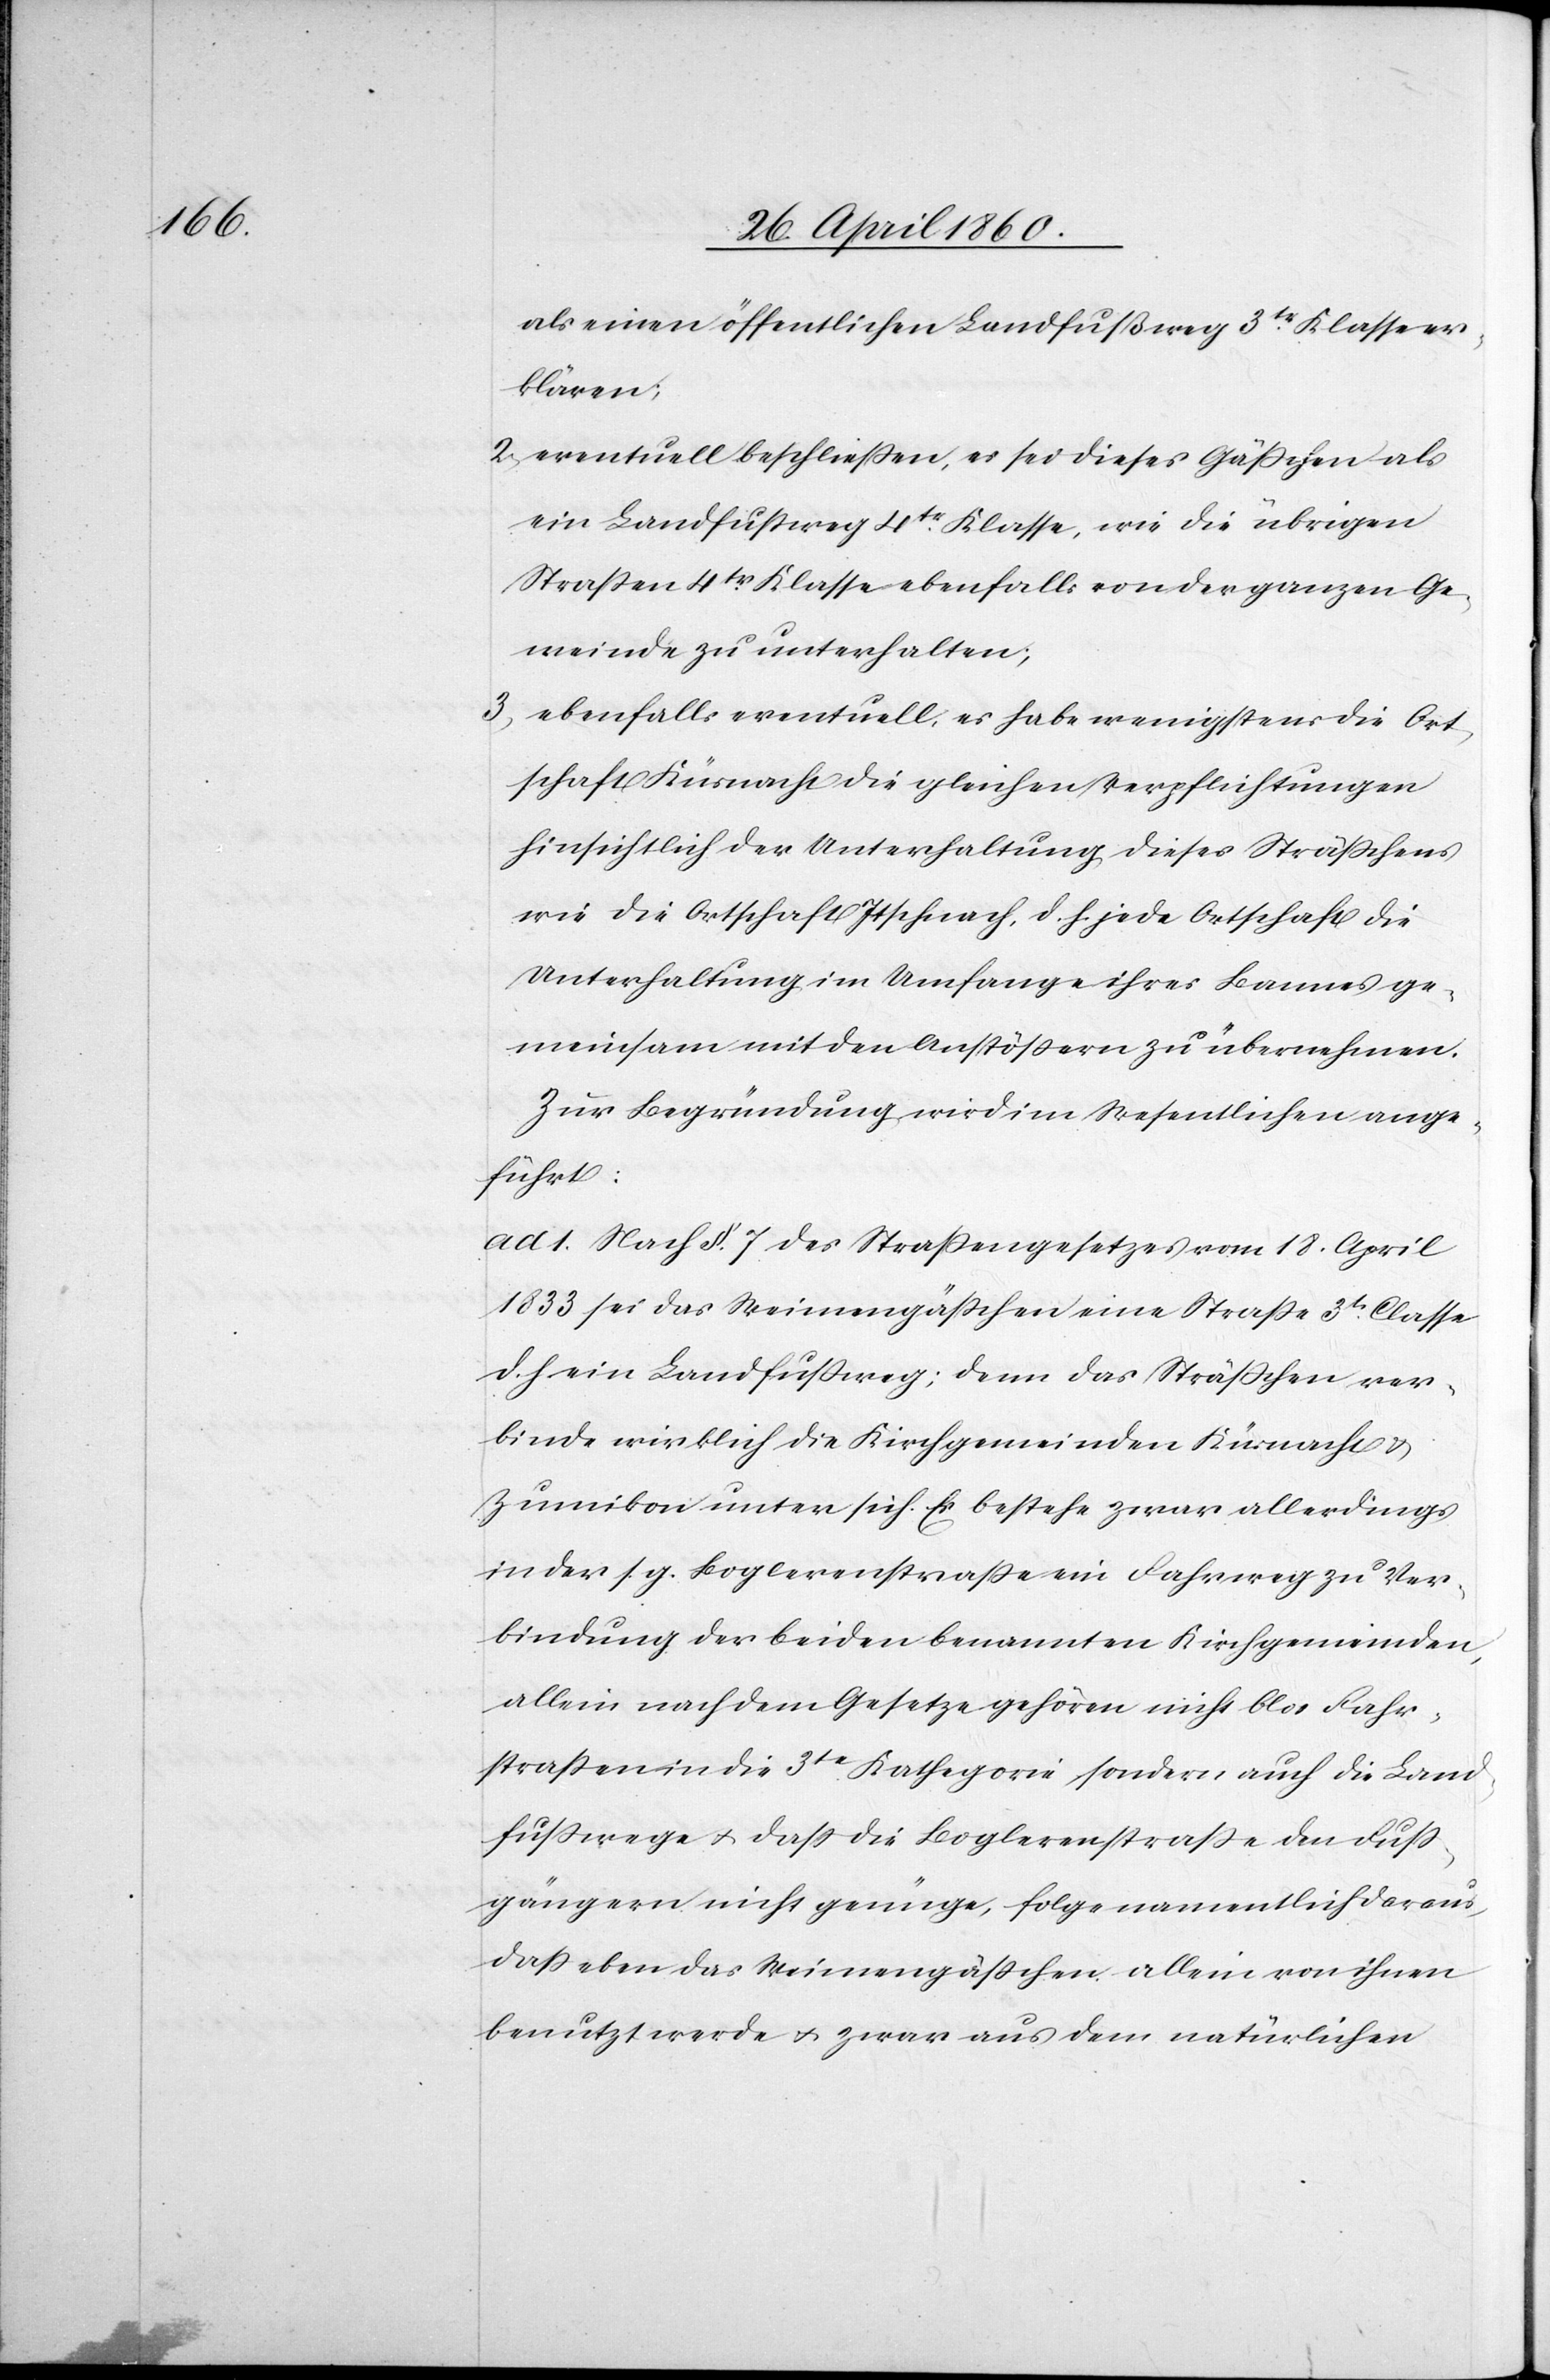
als einen öffentlichen Landfußweg 3tr Klasse er¬
klären;
2) eventuell beschliessen, es sei dieses Gässchen als
ein Landfussweg 4tr Klasse, wie die übrigen
Strassen 4tr Klasse ebenfalls von der ganzen Ge¬
meinde zu unterhalten;
3) ebenfalls eventuell, es habe wenigstens die Ort¬
schaft Küsnacht die gleichen Verpflichtungen
hinsichtlich der Unterhaltung, dieses Strässchens
wie die Ortschaft Itschnach, d. h. jede Ortschaft die
Unterhaltung im Umfange ihres Bannes ge¬
meinsam mit den Anstössern zu übernehmen.
Zur Begründung wird im Wesentlichen ange¬
führt:
ad 1 Nach §. 7. des Strassengesetzes vom 18. April
1833 sei das Weimengässchen eine Strasse 3tr Classe
d. h. ein Landfussweg; denn das Strässchen ver¬
binde wirklich die Kirchgemeinden Küsnacht u.
Zumikon unter sich. Es bestehe zwar allerdings
in der s. g. Boglerenstrasse ein Fahrweg zu Ver¬
bindung der beiden benannten Kirchgemeinden,
allein nach dem Gesetze gehören nicht blos Fahr¬
strassen in die 3te Kathegorie sondern auch die Land¬
fusswege u. dass die Boglerenstrasse den Fuss¬
gängern nicht genüge, folge namentlich daraus,
dass eben das Weimengässchen allein von ihnen
benutzt werde u.,zwar aus dem natürlichen